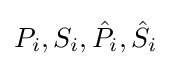
P_{i},S_{i},{\hat {P}}_{i},{\hat {S}}_{i}